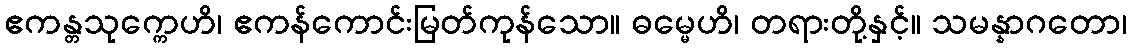
ဧကန္တသုက္ကေဟိ၊ ဧကန်ကောင်းမြတ်ကုန်သော။ ဓမ္မေဟိ၊ တရားတို့နှင့်။ သမန္နာဂတော၊